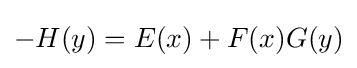
-H(y)=E(x)+F(x)G(y)